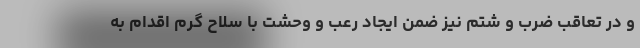
و در تعاقب ضرب و شتم نیز ضمن ایجاد رعب و وحشت با سلاح گرم اقدام به